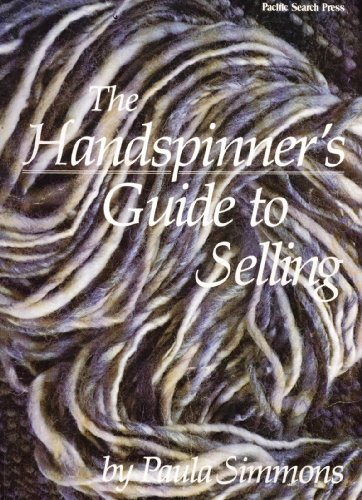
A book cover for The Handspinner's Guide to Selling; Paula Simmons; Crafts, Hobbies & Home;